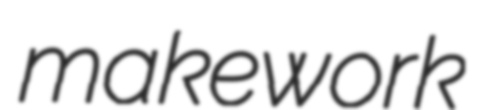
makework